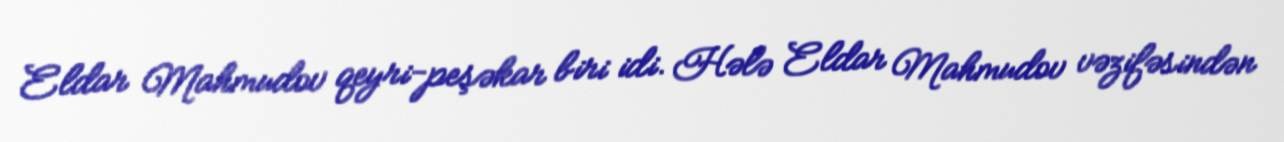
Eldar Mahmudov qeyri-peşəkar biri idi. Hələ Eldar Mahmudov vəzifəsindən